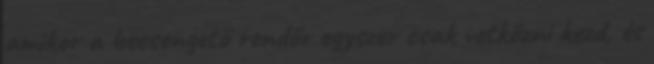
amikor a becsengető rendőr egyszer csak vetkőzni kezd, és